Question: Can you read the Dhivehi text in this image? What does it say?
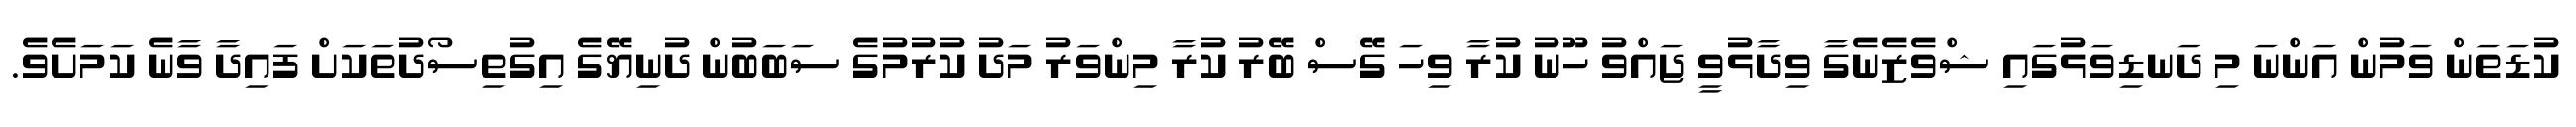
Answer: ކުޑަތަން ވަމުން އަންނަ މި ދަނޑިވަޅުގައި ޝްވެޒެނެގާ ވިދާޅުވީ ޖައްވު ހޫނު ކުރާ ވިހަ ގޭސް ބޭރު ކުރާ މިންވަރު މަދު ކުރުމުގެ ސަބަބުން ދުނިޔޭގެ އިގުތިސޯދުތަކަށް ފައިދާ ވާނެ ކަމަށެވެ.